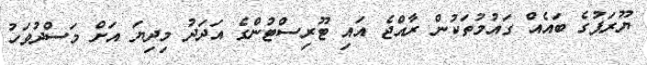
ޔޫރަޕުގެ ބައެއް ގައުމުތަކުން ރާއްޖެ އައި ޓޫރިސްޓުންގެ އަދަދު މިދިޔަ އަށް މަސްދުވަހު